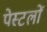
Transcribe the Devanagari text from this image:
पेस्टलों